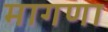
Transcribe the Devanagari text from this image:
मागणा